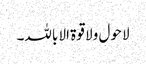
لا حول ولا قوۃ الا باللہ۔